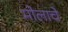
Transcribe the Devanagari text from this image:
मोलाचेे